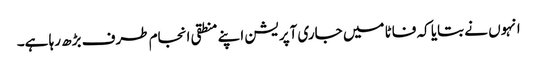
انہوں نے بتایا کہ فاٹا میں جاری آپریشن اپنے منطقی انجام طرف بڑھ رہا ہے۔